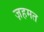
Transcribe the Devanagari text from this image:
ज़हमत